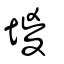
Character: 堫